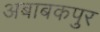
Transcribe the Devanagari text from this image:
अबाबकपुर